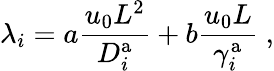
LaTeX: \lambda_{i}=a\frac{u_{0}L^{2}}{D_{i}^{\mathrm{a}}}+b\frac{u_{0}L}{\gamma_{i}^{\mathrm{a}}}\; ,